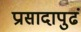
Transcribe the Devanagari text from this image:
प्रासादापुढं